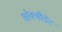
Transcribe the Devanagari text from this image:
ओक्सीडेंट